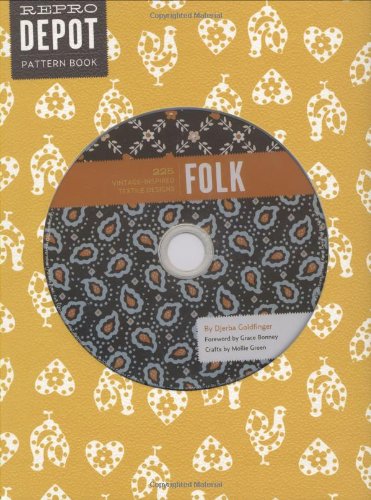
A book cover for Reprodepot Pattern Book: Folk: 225 Vintage-Inspired Textile Designs; Djerba Goldfinger; Crafts, Hobbies & Home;